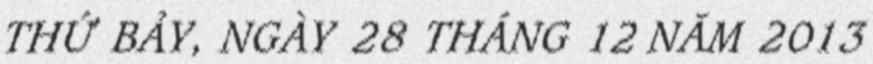
THỨ BẢY, NGÀY 28 THÁNG 12 NĂM 2013